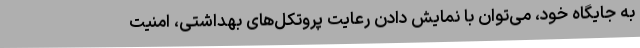
به جایگاه خود، می‌توان با نمایش دادن رعایت پروتکل‌های بهداشتی، امنیت